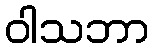
ဝါသဘာ